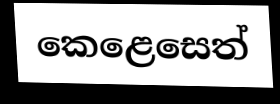
කෙළෙසෙත්